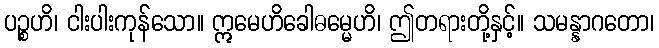
ပဉ္စဟိ၊ ငါးပါးကုန်သော။ ဣမေဟိခေါဓမ္မေဟိ၊ ဤတရားတို့နှင့်။ သမန္နာဂတော၊